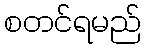
စတင်ရမည်